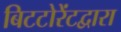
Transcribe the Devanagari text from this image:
बिटटोरेंटद्वारा